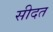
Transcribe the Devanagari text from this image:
सीदत